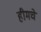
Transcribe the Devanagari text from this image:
हीमचे